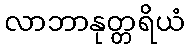
လာဘာနုတ္တရိယံ